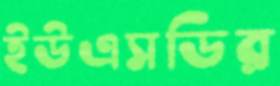
ইউএসডির